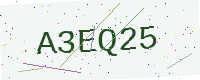
Text: A3EQ25